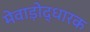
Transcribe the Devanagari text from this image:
मेवाड़ोद्धारक